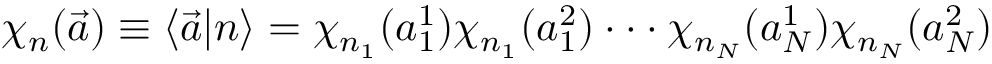
\chi _ { n } ( \vec { a } ) \equiv \langle \vec { a } \vert n \rangle = \chi _ { n _ { 1 } } ( a _ { 1 } ^ { 1 } ) \chi _ { n _ { 1 } } ( a _ { 1 } ^ { 2 } ) \cdot \cdot \cdot \chi _ { n _ { N } } ( a _ { N } ^ { 1 } ) \chi _ { n _ { N } } ( a _ { N } ^ { 2 } )